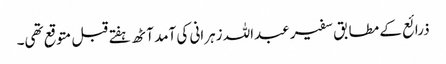
ذرائع کے مطابق سفیر عبداللہ زہرانی کی آمد آٹھ ہفتے قبل متوقع تھی۔